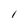
Character: l